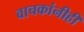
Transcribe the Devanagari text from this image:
वाचकांनीही